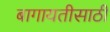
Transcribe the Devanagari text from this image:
बागायतीसाठी